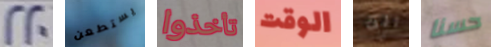
220 يستطعن تأخذوا الوقت انت حسنا